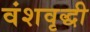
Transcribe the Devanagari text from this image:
वंशवृद्धी